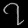
Digit: ၇